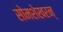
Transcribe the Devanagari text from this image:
सोमशेखरन्